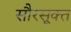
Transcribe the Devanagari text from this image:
सौरसूक्त